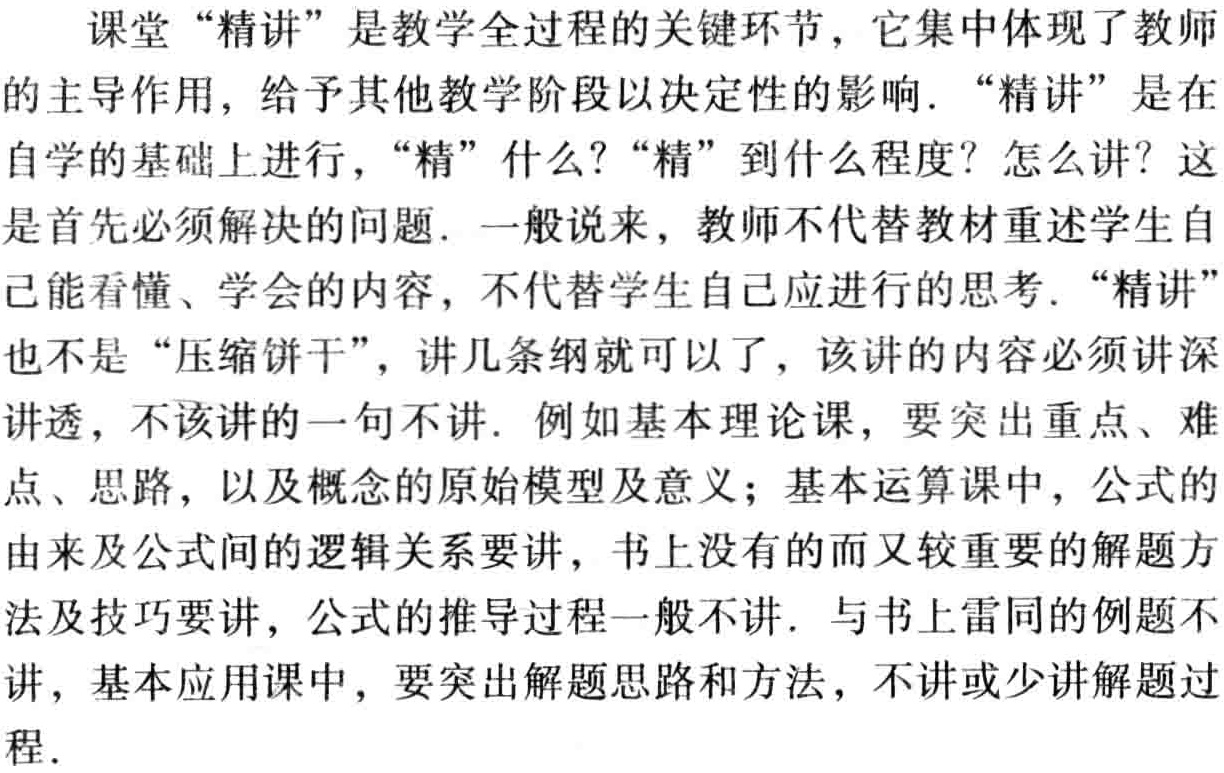
课堂“精讲”是教学全过程的关键环节，它集中体现了教师的主导作用，给予其他教学阶段以决定性的影响. “精讲”是在自学的基础上进行，“精”什么？“精”到什么程度？怎么讲？这是首先必须解决的问题. 一般说来，教师不代替教材重述学生自己能看懂、学会的内容，不代替学生自己应进行的思考. “精讲”也不是“压缩饼干”，讲几条纲就可以了，该讲的内容必须讲深讲透，不该讲的一句不讲. 例如基本理论课，要突出重点、难点、思路，以及概念的原始模型及意义；基本运算课中，公式的由来及公式间的逻辑关系要讲，书上没有的而又较重要的解题方法及技巧要讲，公式的推导过程一般不讲. 与书上雷同的例题不讲，基本应用课中，要突出解题思路和方法，不讲或少讲解题过程.